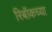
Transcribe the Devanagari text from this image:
रिबॉकच्या